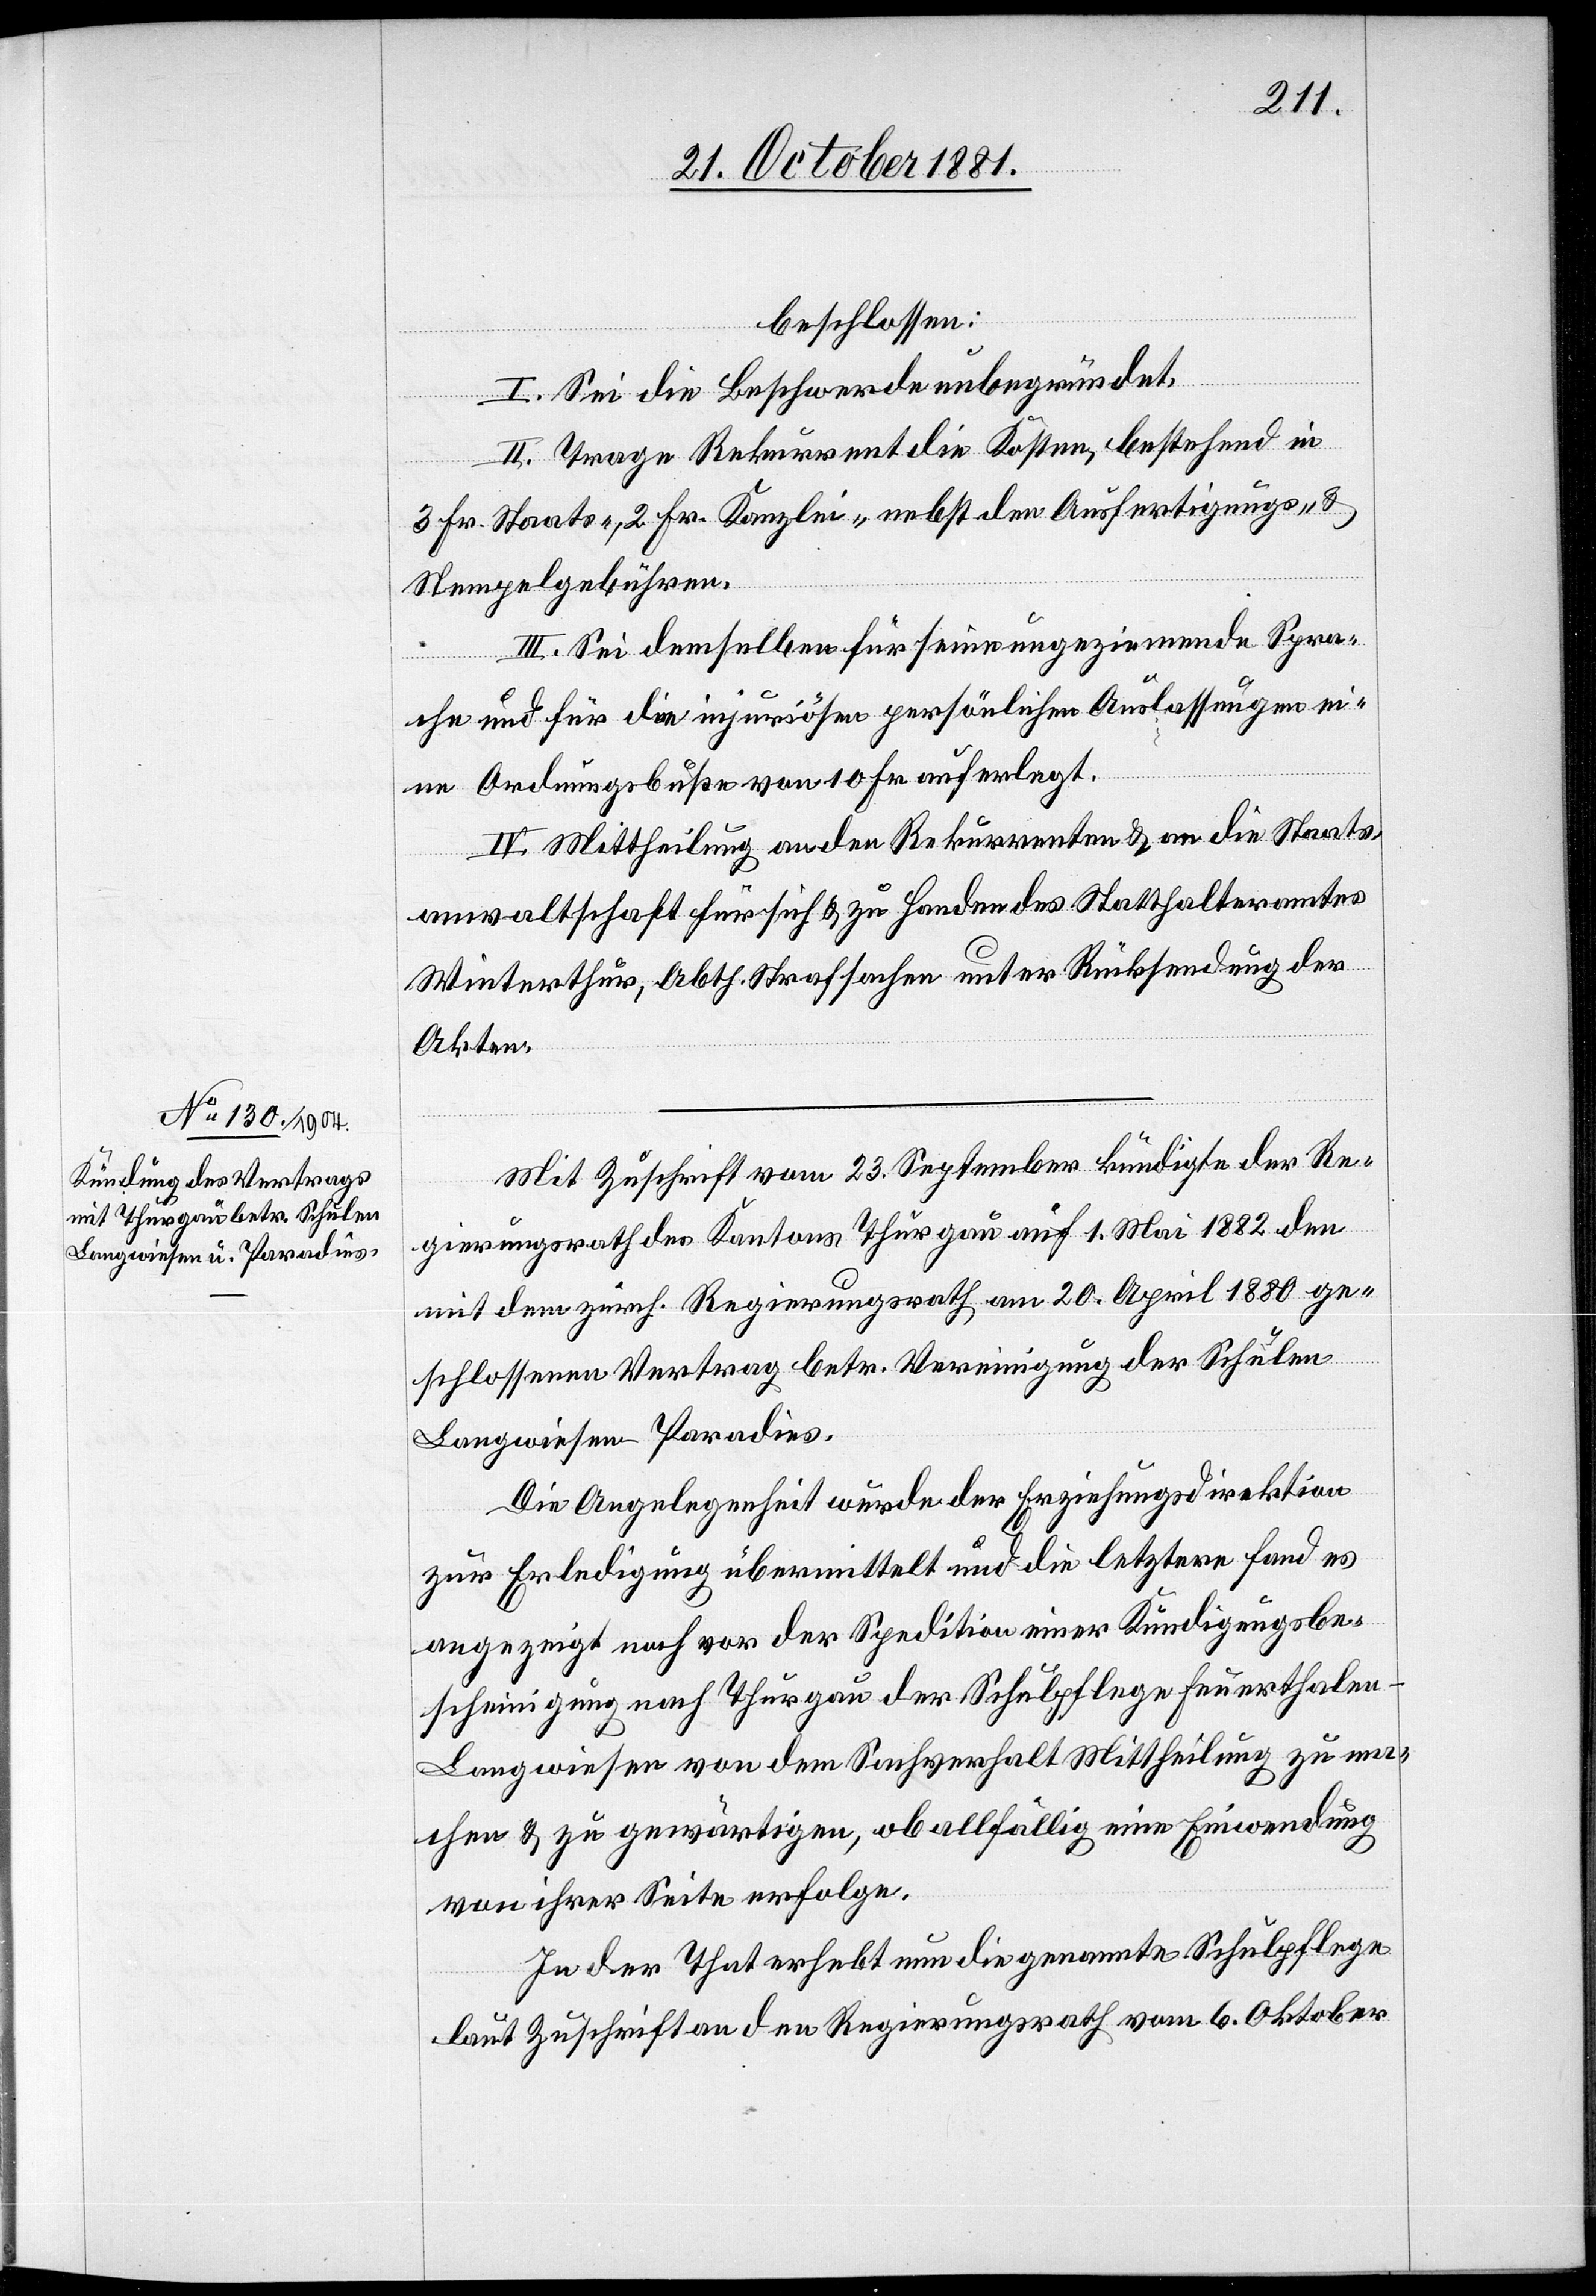
beschlossen:
I. Sei die Beschwerde unbegründet.
II. Trage Rekurrent die Kosten, bestehend in
3 Fr. Staats-, 2 Fr. Kanzlei- nebst den Ausfertigungs- &
Stempelgebühren.
III. Sei demselben für seine ungeziemende Spra¬
che und für die injuriösen persönlichen Auslassungen ei¬
ne Ordnungsbuße von 10 Fr. auferlegt.
IV. Mittheilung an den Rekurrenten & an die Staats¬
anwaltschaft für sich & zu Handen des Statthalteramtes
Winterthur, Abth. Strafsachen unter Rücksendung der
Akten.
Mit Zuschrift vom 23. September kündigte der Re¬
gierungsrath des Kantons Thurgau auf 1. Mai 1882 den
mit dem zürch. Regierungsrath am 20. April 1880 ge¬
schlossenen Vertrag betr. Vereinigung der Schulen
Langwiesen-Paradies.
Die Angelegenheit wurde der Erziehungsdirektion
zur Erledigung übermittelt und die letztere fand es
angezeigt noch vor der Spedition einer Kündigungsbe¬
scheinigung nach Thurgau der Schulpflege Feuerthale¬
n-Langwiesen von dem Sachverhalt Mittheilung zu ma¬
chen & zu gewärtigen, ob allfällig eine Einwendung
von ihrer Seite erfolge.
In der That erhebt nun die genannte Schulpflege
laut Zuschrift an den Regierungsrath vom 6. Oktober